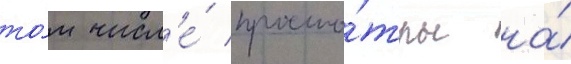
то́м числ'е́ просмо́тры на́